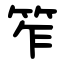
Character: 笮